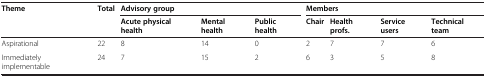
<table><thead><tr><td><b>Theme</b></td><td><b>Total</b></td><td colspan="3"><b>Advisory group</b></td><td colspan="4"><b>Members</b></td></tr><tr><td><b> </b></td><td><b> </b></td><td><b>Acute physical health</b></td><td><b>Mental health</b></td><td><b>Public health</b></td><td><b>Chair</b></td><td><b>Health profs.</b></td><td><b>Service users</b></td><td><b>Technical team</b></td></tr></thead><tbody><tr><td>Aspirational</td><td>22</td><td>8</td><td>14</td><td>0</td><td>2</td><td>7</td><td>7</td><td>6</td></tr><tr><td>Immediately implementable</td><td>24</td><td>7</td><td>15</td><td>2</td><td>6</td><td>3</td><td>5</td><td>8</td></tr></tbody></table>